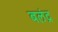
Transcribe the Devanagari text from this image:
बलंद्र